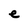
Character: e